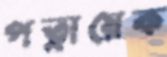
পত্নায়েক